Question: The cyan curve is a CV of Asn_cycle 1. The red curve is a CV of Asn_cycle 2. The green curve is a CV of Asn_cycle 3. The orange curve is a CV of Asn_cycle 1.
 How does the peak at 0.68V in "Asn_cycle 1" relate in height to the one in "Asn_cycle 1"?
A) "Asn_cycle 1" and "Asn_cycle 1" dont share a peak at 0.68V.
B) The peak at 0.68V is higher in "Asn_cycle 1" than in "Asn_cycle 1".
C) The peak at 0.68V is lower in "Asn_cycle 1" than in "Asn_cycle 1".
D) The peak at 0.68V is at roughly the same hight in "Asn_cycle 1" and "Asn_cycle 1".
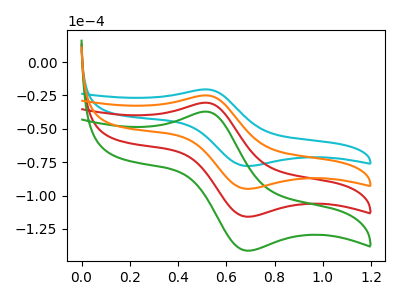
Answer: <think>The cyan curve "Asn_cycle 1" has an anodic peak at (0.50V, -20.45uA) and a cathodic peak at (0.70V, -77.85uA). The red curve "Asn_cycle 2" has an anodic peak at (0.50V, -49.95uA) and a cathodic peak at (0.70V, -189.95uA). The green curve "Asn_cycle 3" has an anodic peak at (0.50V, -74.90uA) and a cathodic peak at (0.70V, -284.90uA). The orange curve "Asn_cycle 1" has an anodic peak at (0.50V, -24.95uA) and a cathodic peak at (0.70V, -94.95uA).</think>
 <answer>B) The peak at 0.68V is higher in "Asn_cycle 1" than in "Asn_cycle 1".</answer>
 <eval>B</eval>